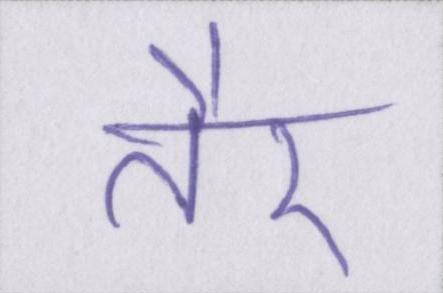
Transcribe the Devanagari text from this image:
तैर